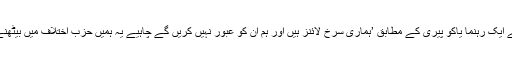
یاش آتِد جماعت کے ایک رہنما یاکو پیری کے مطابق ’ہماری سرخ لائنز ہیں اور ہم ان کو عبور نہیں کریں گے چاہیے یہ ہمیں حزب اختلاف میں بیٹھنے پر مجبور کریں‘۔